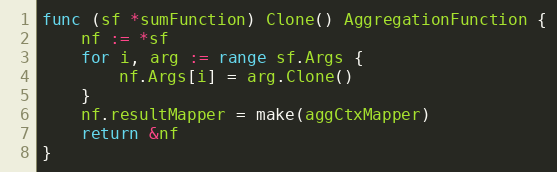
Language: Go
func (sf *sumFunction) Clone() AggregationFunction {
	nf := *sf
	for i, arg := range sf.Args {
		nf.Args[i] = arg.Clone()
	}
	nf.resultMapper = make(aggCtxMapper)
	return &nf
}